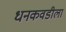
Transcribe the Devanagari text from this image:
धनकवडीला